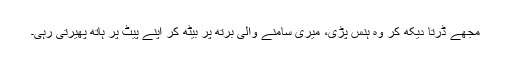
مجھے ڈرتا دیکھ کر وہ ہنس پڑی، میری سامنے والی برتھ پر بیٹھ کر اپنے پیٹ پر ہاتھ پھیرتی رہی۔